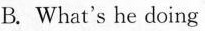
B. What's he doing